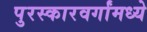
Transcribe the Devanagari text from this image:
पुरस्कारवर्गांमध्ये